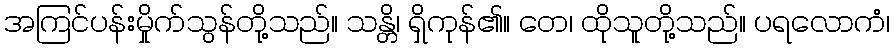
အကြင်ပန်းမှိုက်သွန်တို့သည်။ သန္တိ၊ ရှိကုန်၏။ တေ၊ ထိုသူတို့သည်။ ပရလောကံ၊